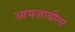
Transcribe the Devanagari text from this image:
आयज़ाबीला